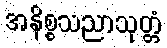
အနိစ္စသညာသုတ္တံ